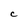
Character: C